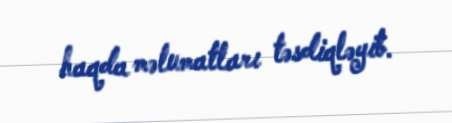
haqda məlumatları təsdiqləyib.